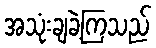
အသုံးချခဲ့ကြသည်